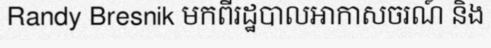
Randy Bresnik មកពីរដ្ឋបាលអាកាសចរណ៍ និង